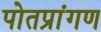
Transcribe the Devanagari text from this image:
पोतप्रांगण